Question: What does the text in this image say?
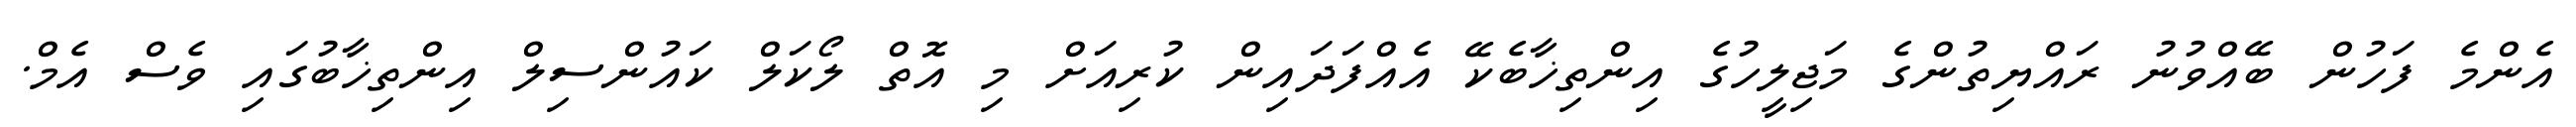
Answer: އެންމެ ފަހުން ބޭއްވުނު ރައްޔިތުންގެ މަޖިލީހުގެ އިންތިޚާބެކޭ އެއްފަދައިން ކުރިއަށް މި އޮތް ލޯކަލް ކައުންސިލް އިންތިޚާބުގައި ވެސް އެމް.